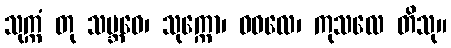
သုက္ကံ တု သမ္ဘဝေ၊ သုက္ကော၊ ဓဝလေ၊ ကုသလေ တိသု။